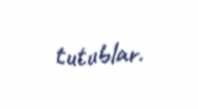
tutublar.